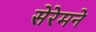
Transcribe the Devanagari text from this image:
सेरेमने